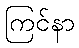
ကြင်နာ